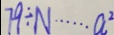
7 9 \div N \cdots a ^ { 2 }